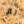
لم